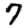
Digit: 7